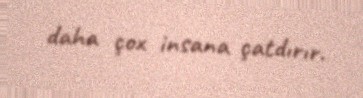
daha çox insana çatdırır.